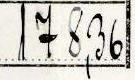
178,36